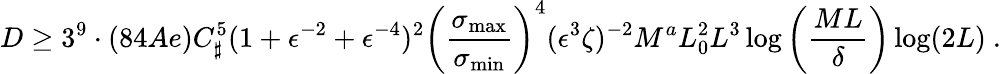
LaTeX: D\geq 3^{9}\cdot(84Ae)C_{\sharp}^{5}(1+\epsilon^{-2}+\epsilon^{-4})^{2}\left(\frac{\sigma_{\operatorname*{max}}}{\sigma_{\operatorname*{min}}}\right)^{4}(\epsilon^{3}\zeta)^{-2}M^{a}L_{0}^{2}L^{3}\log\left(\frac{ML}\delta\right)\log(2L)\ .